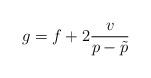
LaTeX: \begin{align*}g = f+ 2\frac{v}{p-\tilde{p}}\end{align*}